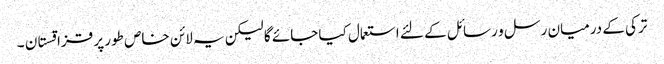
ترکی کے درمیان رسل و رسائل کے لئے استعمال کیا جائے گا لیکن یہ لائن خاص طور پر قزاقستان ۔